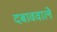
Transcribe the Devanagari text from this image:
दबाववाले